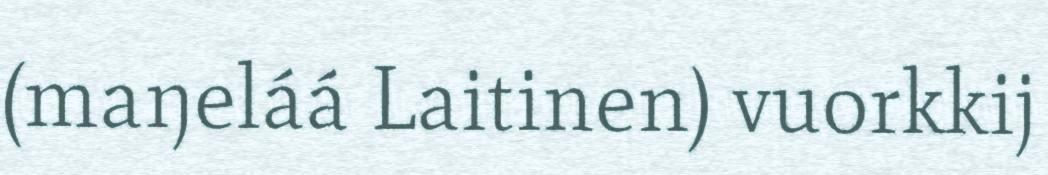
(maŋeláá Laitinen) vuorkkij